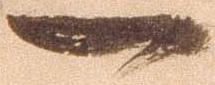
一